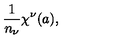
{ \frac { 1 } { n _ { \nu } } } \chi ^ { \nu } ( a ) ,